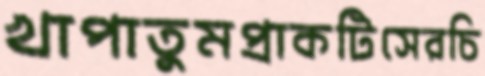
খাপাতুমপ্রাকটিসেরচি